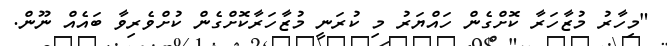
"މިހާރު މުޒާހަރާ ކޮށްގެން ހައްޔަރު މި ކުރަނީ މުޒާހަރާކޮށްގެން ކުށްވެރިވާ ބައެއް ނޫން.